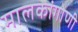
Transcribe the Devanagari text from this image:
मालकांगोणी